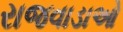
રાજવાડાઓ